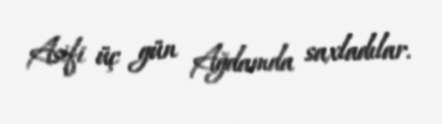
Asifi üç gün Ağdamda saxladılar.